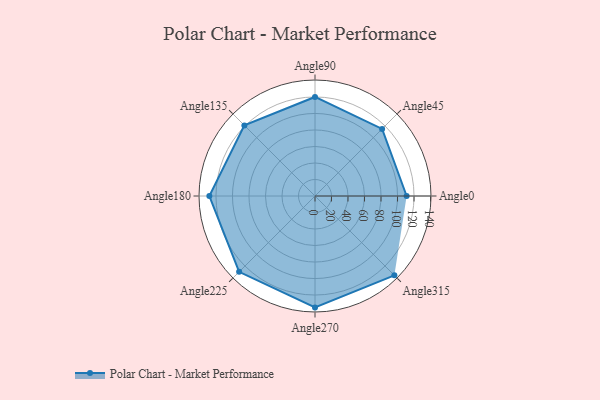
{"axis": {"x": "Angle", "y": "Radius"}, "legend": [""], "data": [{"x": "Angle0", "y": 111.0, "type": ""}, {"x": "Angle45", "y": 115.0, "type": ""}, {"x": "Angle90", "y": 120.0, "type": ""}, {"x": "Angle135", "y": 121.0, "type": ""}, {"x": "Angle180", "y": 128.0, "type": ""}, {"x": "Angle225", "y": 130.0, "type": ""}, {"x": "Angle270", "y": 135.0, "type": ""}, {"x": "Angle315", "y": 136.0, "type": ""}]}